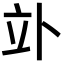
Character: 𥩖